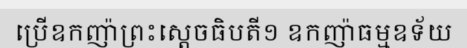
ប្រើឧកញ៉ាព្រះស្តេចធិបតី១ ឧកញ៉ាធម្មឧទ័យ